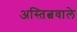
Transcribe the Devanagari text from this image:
अस्तित्ववाले